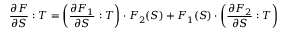
{ \frac { \partial { \boldsymbol { F } } } { \partial { \boldsymbol { S } } } } : { \boldsymbol { T } } = \left( { \frac { \partial { \boldsymbol { F } } _ { 1 } } { \partial { \boldsymbol { S } } } } : { \boldsymbol { T } } \right) \cdot { \boldsymbol { F } } _ { 2 } ( { \boldsymbol { S } } ) + { \boldsymbol { F } } _ { 1 } ( { \boldsymbol { S } } ) \cdot \left( { \frac { \partial { \boldsymbol { F } } _ { 2 } } { \partial { \boldsymbol { S } } } } : { \boldsymbol { T } } \right)